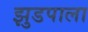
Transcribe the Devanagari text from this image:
झुडपाला